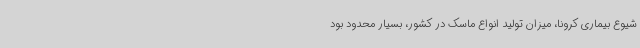
شیوع بیماری کرونا، میزان تولید انواع ماسک در کشور، بسیار محدود بود